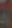
.